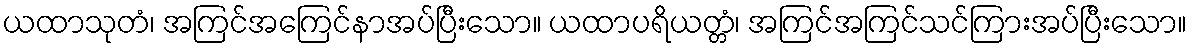
ယထာသုတံ၊ အကြင်အကြေင်နာအပ်ပြီးသော။ ယထာပရိယတ္တံ၊ အကြင်အကြင်သင်ကြားအပ်ပြီးသော။